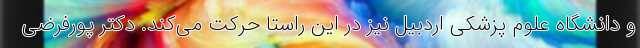
و دانشگاه علوم پزشکی اردبیل نیز در این راستا حرکت می‌کند. دکتر پورفرضی